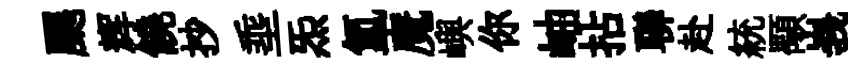
颸辉饒抄埀炁氳魔嶼你岫拈聯赴統顒峩